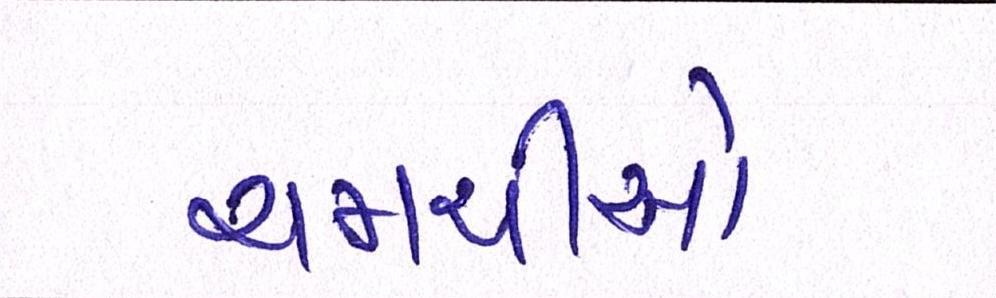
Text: ચમચીઓ